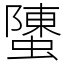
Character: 螴